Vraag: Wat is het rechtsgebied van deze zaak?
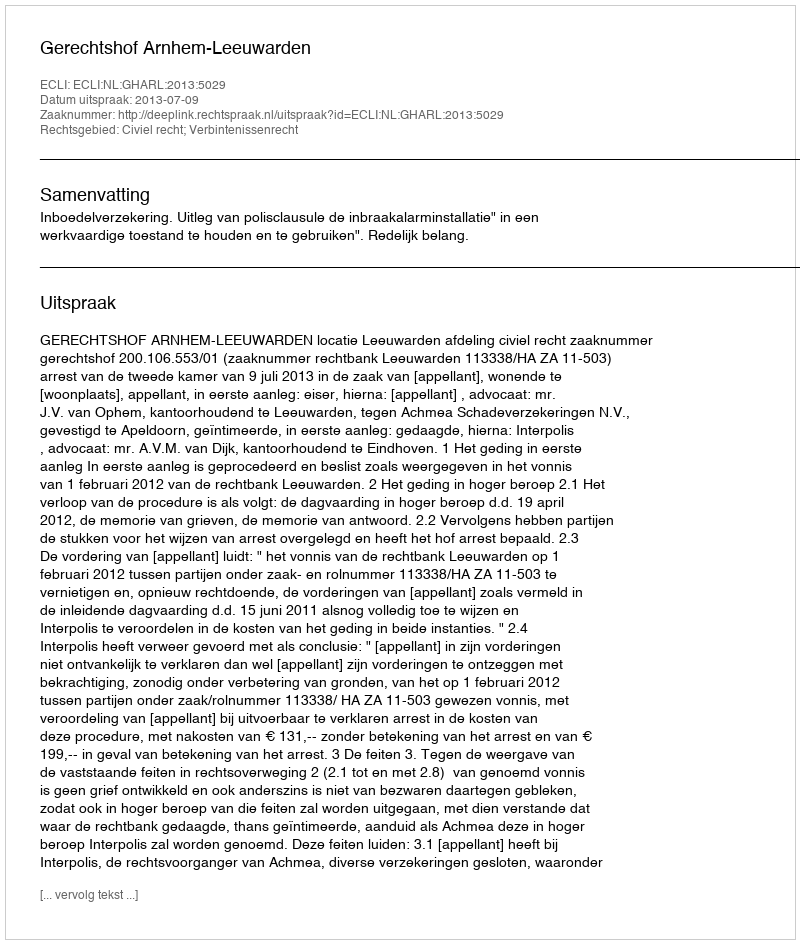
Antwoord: Civiel recht; Verbintenissenrecht